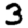
Digit: 3